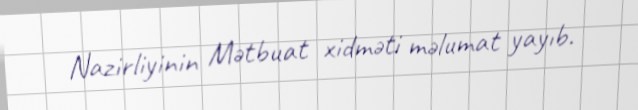
Nazirliyinin Mətbuat xidməti məlumat yayıb.